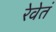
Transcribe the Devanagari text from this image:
रेवेतं